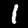
Label: 1